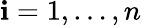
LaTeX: \mathbf{i}=1,\ldots,n